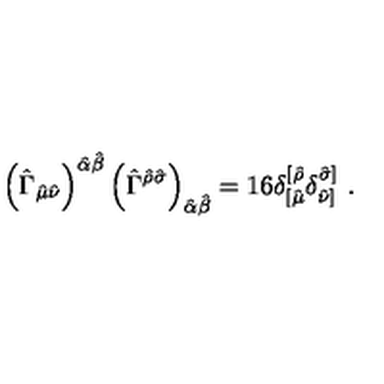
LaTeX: \left( \hat { \Gamma } _ { \hat { \mu } \hat { \nu } } \right) ^ { \hat { \alpha } \hat { \beta } } \left( \hat { \Gamma } ^ { \hat { \rho } \hat { \sigma } } \right) _ { \hat { \alpha } \hat { \beta } } = 1 6 \delta _ { [ \hat { \mu } } ^ { [ \hat { \rho } } \delta _ { \hat { \nu } ] } ^ { \hat { \sigma } ] } \ .